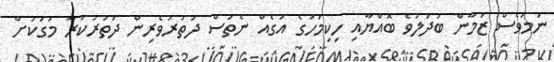
ނަމަވެސް ޒަމާން ބަދަލުވެ ބޮއްޔާއި ހިކިމަހުގެ އަގެއް ނެތަސް ދަތުރުވެރިން ދަތުރުކުރާ މަގަކަށް